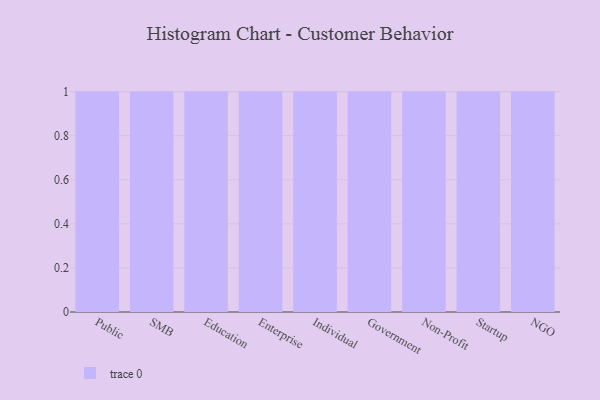
{"axis": {"x": "Segment", "y": "Backlog"}, "legend": [""], "data": [{"x": "Public", "y": 40, "type": ""}, {"x": "SMB", "y": 36, "type": ""}, {"x": "Education", "y": 47, "type": ""}, {"x": "Enterprise", "y": 79, "type": ""}, {"x": "Individual", "y": 76, "type": ""}, {"x": "Government", "y": 93, "type": ""}, {"x": "Non-Profit", "y": 92, "type": ""}, {"x": "Startup", "y": 38, "type": ""}, {"x": "NGO", "y": 13, "type": ""}]}